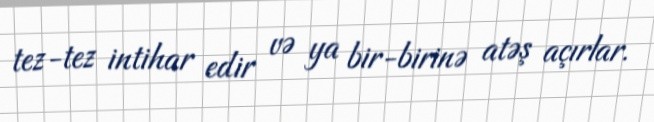
tez-tez intihar edir və ya bir-birinə atəş açırlar.